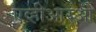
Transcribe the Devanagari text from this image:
एव्हीआरओ